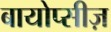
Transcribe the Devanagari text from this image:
बायोप्सीज़